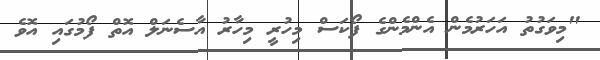
"މިވަގުތު އަހަރުމެން އެންމެންގެ ފޯކަސް މިހުރީ މިހާރު އާސެނަލް އޮތް ފޯމުގައި އޮވެ